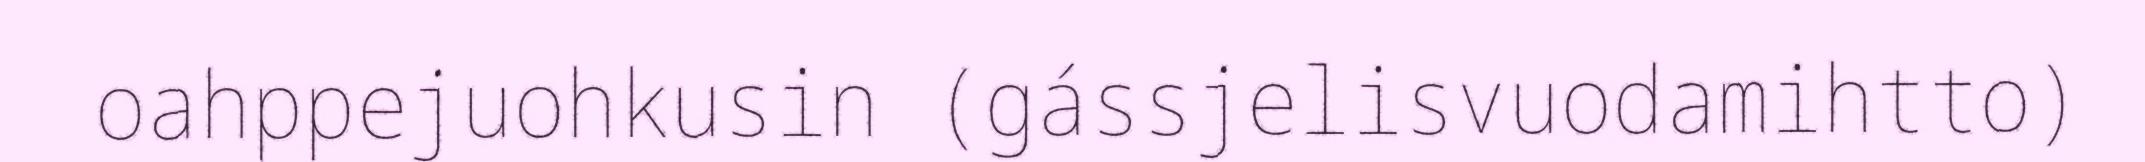
oahppejuohkusin (gássjelisvuodamihtto)